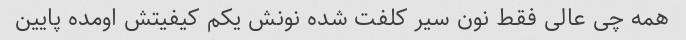
همه چی عالی فقط نون سیر کلفت شده نونش یکم کیفیتش اومده پایین